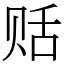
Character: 䞌